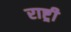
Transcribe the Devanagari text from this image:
राष्ट्र्री